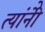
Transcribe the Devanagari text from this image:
त्यांनीेे